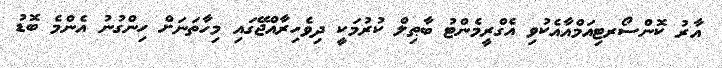
އާރު ކޮންސޯރޓިއަމްއާއެކުވި އެގްރީމެންޓު ބާޠިލް ކުރުމަކީ ދިވެހިރާއްޖޭގައި މިހާތަނަށް ހިންގުނު އެންމެ ބޮޑު